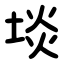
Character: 埮